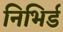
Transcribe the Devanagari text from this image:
निभिर्ड